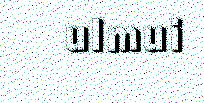
ulmui